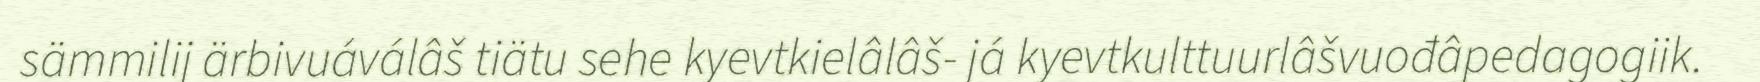
sämmilij ärbivuáválâš tiätu sehe kyevtkielâlâš- já kyevtkulttuurlâšvuođâpedagogiik.